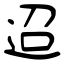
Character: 迢